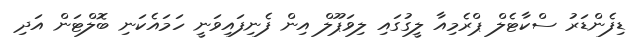
ޑިފެންޑަރު ސްކާޓެލް ޕްރެމިއާ ލީގުގައި ލިވަޕޫލް އިން ފެނިފައިވަނީ ހަމައެކަނި ބޮލްޓަން އަދި